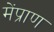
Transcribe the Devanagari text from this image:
मेंप्राण